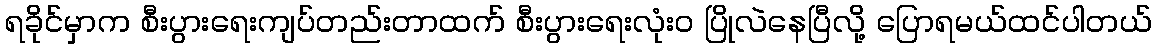
ရခိုင်မှာက စီးပွားရေးကျပ်တည်းတာထက် စီးပွားရေးလုံးဝ ပြိုလဲနေပြီလို့ ပြောရမယ်ထင်ပါတယ်